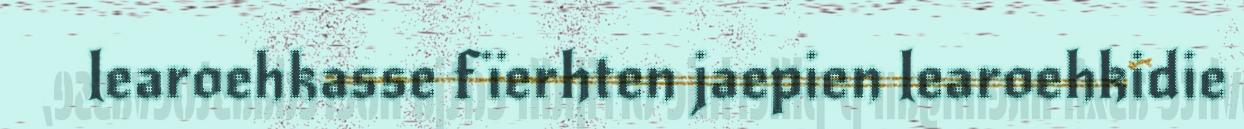
learoehkasse fïerhten jaepien learoehkidie